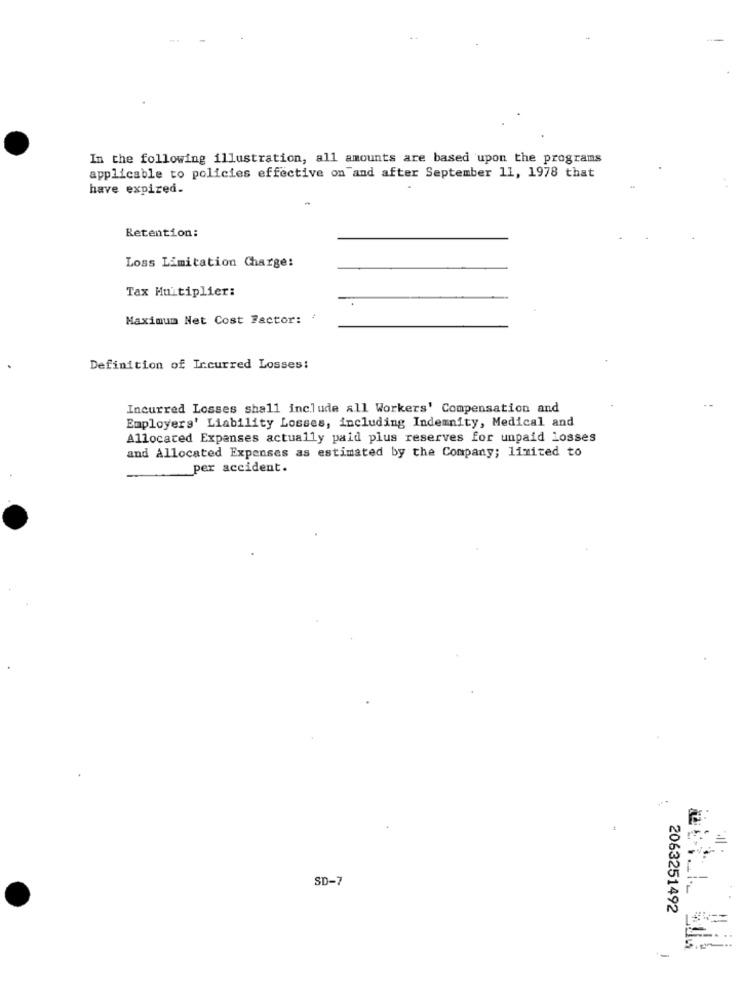
In the following illustration, all amounts are based upon the programs
applicable to policies effective on and after September 11, 1978 that
have expired.
Retention:
Loss Limitation Charge:
Tax Multiplier:
Maximum Net Cost Factor: '
Definition of Incurred Losses:
Incurred Losses shall include all Workers' Compensation and
Employers' Liability Losses, including Indemnity, Medical and
Allocated Expanses actually paid plus reserves for unpaid losses
and allocated Expenses as estimated by the Company; limited to
per accident.
SD-7
2063251492